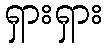
ရှားရှား